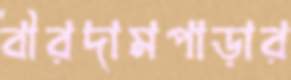
বীরদামপাড়ার